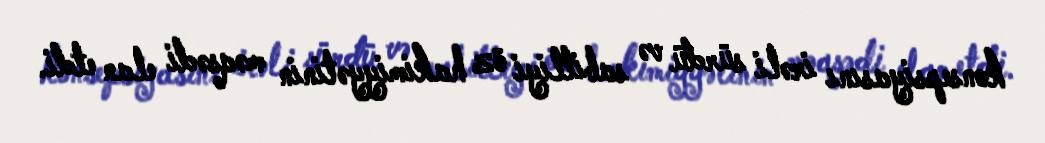
konsepsiyasını irəli sürdü və sabitliyi öz hakimiyyətinin məqsədi elan etdi.